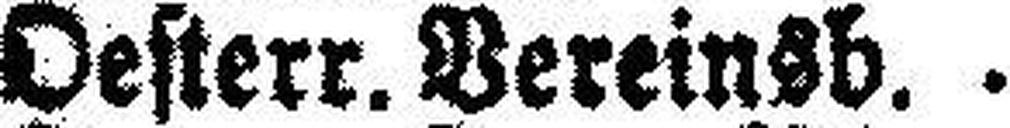
Oesterr. Vereinsb.